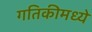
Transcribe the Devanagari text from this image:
गतिकीमध्ये